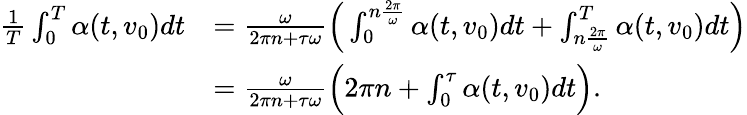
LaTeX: \begin{array}{rl}{\frac{1}{T}\int_{0}^{T}\alpha(t,v_{0})dt}&{=\frac{\omega}{2\pi n+\tau\omega}\Big(\int_{0}^{n\frac{2\pi}{\omega}}\alpha(t,v_{0})dt+\int_{n\frac{2\pi}{\omega}}^{T}\alpha(t,v_{0})dt\Big)}\\ &{=\frac{\omega}{2\pi n+\tau\omega}\Big(2\pi n+\int_{0}^{\tau}\alpha(t,v_{0})dt\Big).}\end{array}